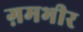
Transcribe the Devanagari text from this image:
ग़मभीर